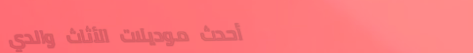
أحدث موديلات الأثاث والدي